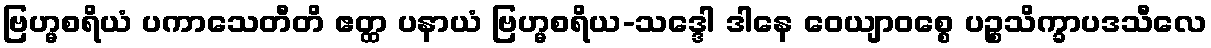
ဗြဟ္မစရိယံ ပကာသေတီတိ ဧတ္ထ ပနာယံ ဗြဟ္မစရိယ-သဒ္ဒေါ ဒါနေ ဝေယျာဝစ္စေ ပဉ္စသိက္ခာပဒသီလေ